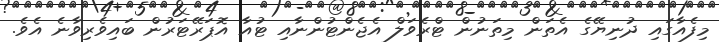
މިފެއާގައި ދުނިޔޭގެ އެތަން މިތަނުން ޓްރެވަލް އެޖެންޓުންނާއި ޓުއާ އޮޕަރޭޓަރުން ބައިވެރިވާނެ އެވެ.